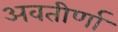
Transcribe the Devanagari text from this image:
अवतीर्णा